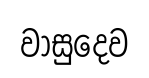
වාසුදෙව